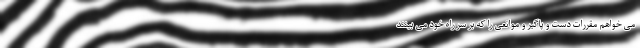
می خواهم مقررات دست و پاگیر و موانعی را که بر سر راه خود می بینند